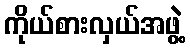
ကိုယ်စားလှယ်အဖွဲ့